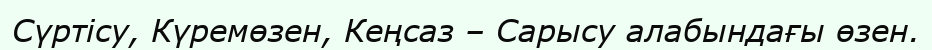
Сүртісу, Күремөзен, Кеңсаз – Сарысу алабындағы өзен.